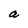
Character: a